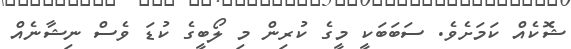
ޝޮކެއް ކަމަށެވެ. ސަބަބަކީ މީގެ ކުރިން މި ލޯބީގެ ކުޑަ ވެސް ނިޝާނެއް